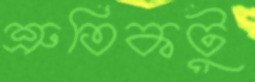
শ্রুতিকটু